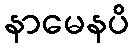
နာမေနပိ